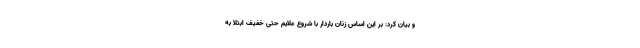
و بیان کرد: بر این اساس زنان باردار با شروع علایم حتی خفیف ابتلا به